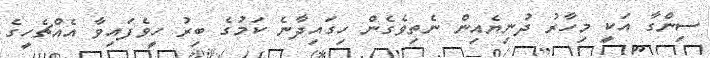
ސިންގާ އަކީ މިހާރު ދުނިޔެއިން ނެތިވެގެން ހިގައިދާނެ ކަމުގެ ބިރު ހީވެފައިވާ އެއްޗެހީގެ